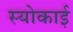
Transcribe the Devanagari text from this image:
स्योकाई